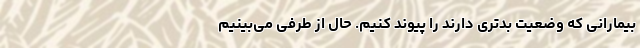
بیمارانی که وضعیت بدتری دارند را پیوند کنیم. حال از طرفی می‌بینیم